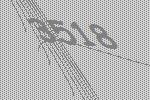
3518